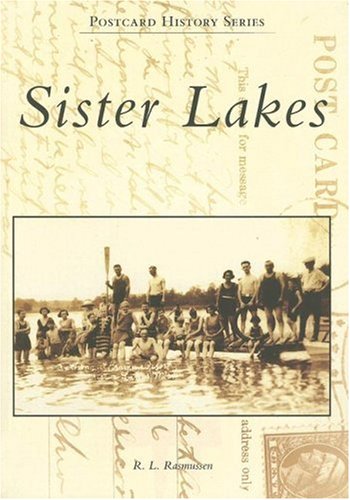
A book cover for Sister Lakes (MI) (Postcard History Series); R.L. Rasmussen; Science & Math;